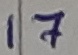
Text: 17